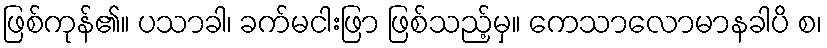
ဖြစ်ကုန်၏။ ပသာခါ၊ ခက်မငါးဖြာ ဖြစ်သည့်မှ။ ကေသာလောမာနခါပိ စ၊